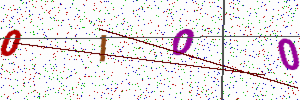
Text: 0IO0